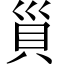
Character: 𧴲